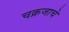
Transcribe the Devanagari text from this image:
चक्रजाचे